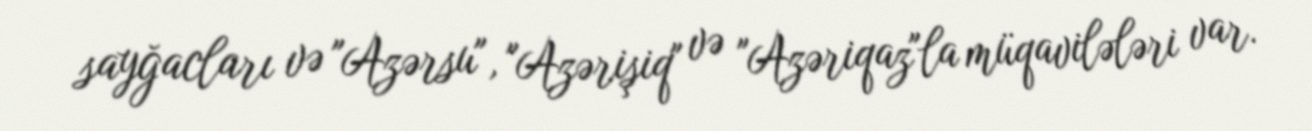
sayğacları və "Azərsu", "Azərişiq" və "Azəriqaz"la müqavilələri var.